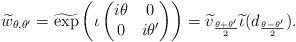
LaTeX: \begin{align*}\widetilde w_{\theta,\theta'} = \widetilde \exp \left(\iota\begin{pmatrix} i\theta & 0 \\ 0 & i \theta' \end{pmatrix}\right) = \widetilde v_{\frac{\theta+\theta'}{2}} \widetilde\iota(d_{\frac{\theta-\theta'}{2}}). \end{align*}